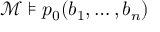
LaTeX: { \mathcal { M } } \models p _ { 0 } ( b _ { 1 } , \ldots , b _ { n } )